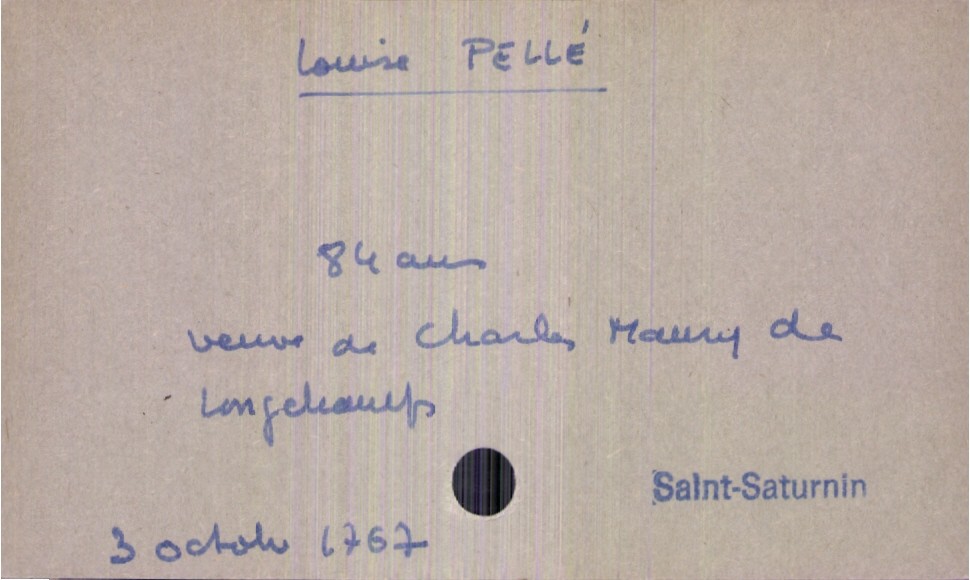
type_acte: Décès
année: 1767
mois: octobre
jour: 3
défunt_nom: Pellé
défunt_prénom: Louise
défunt_sexe: F
défunt_âge: 84 ans
défunt_statut: veuf(ve)